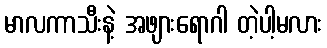
မာလကာသီးနဲ့ အဖျားရောဂါ တဲ့ပါ့မလား